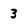
Character: 3